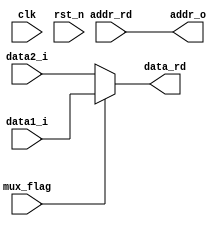
`timescale 1ns / 1ps
//////////////////////////////////////////////////////////////////////////////////
// Company: 
// Engineer: 
// 
// Design Name: 
// Module Name: mux_o
// Project Name: 
// Target Devices: 
// Tool Versions: 
// Description: 
// 
// Dependencies: 
// 
// Revision:
// Revision 0.01 - File Created
// Additional Comments:
// 
//////////////////////////////////////////////////////////////////////////////////


module mux_o(
    input clk,
    input rst_n,
 	// ram read signal
 	input [18:0] addr_rd,
 	output [0:0] data_rd,
    // mux flag
	input mux_flag,
    // ram signal input
    input [0:0] data1_i,
    input [0:0] data2_i,
    // ram signal output
    output [18:0] addr_o
    );

	assign addr_o = addr_rd;
	assign data_rd = mux_flag ? data1_i : data2_i; // mux_flag 1 , 1 channel; mux_flag 0 , 2 channel

endmodule